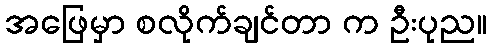
အဖြေမှာ စလိုက်ချင်တာ က ဦးပုည။